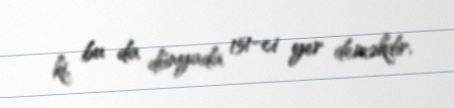
ki, bu da dünyada 151-ci yer deməkdir.